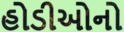
હોડીઓનો